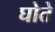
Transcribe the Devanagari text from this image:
घोते